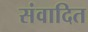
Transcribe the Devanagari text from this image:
संवादित